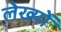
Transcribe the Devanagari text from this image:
लेख्यों